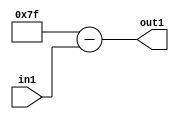
`timescale 1ps / 1ps
/*****************************************************************************
    Verilog RTL Description
    
    
    Created by: Stratus DpOpt 2019.1.01 
*******************************************************************************/

module fix2float_Subu8i127_4_0 (
	in1,
	out1
	); /* architecture "behavioural" */ 
input [7:0] in1;
output [7:0] out1;
wire [7:0] asc001;

assign asc001 = 
	+(8'B01111111)
	-(in1);

assign out1 = asc001;
endmodule

/* CADENCE  urn4Qwk= : u9/ySgnWtBlWxVPRXgAZ4Og= ** DO NOT EDIT THIS LINE ******/